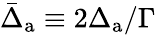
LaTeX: \bar{\Delta}_{\mathrm{a}}\equiv 2\Delta_{\mathrm{a}}/\Gamma